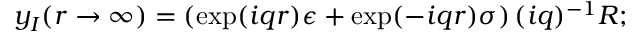
y _ { I } ( r \to \infty ) = \left( \exp ( i q r ) \epsilon + \exp ( - i q r ) \sigma \right) ( i q ) ^ { - 1 } R ;